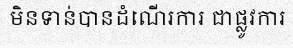
មិនទាន់បានដំណើរការ ជាផ្លូវការ